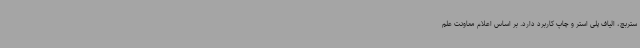
ستربچ، الیاف پلی استر و چاپ کاربرد دارد. بر اساس اعلام معاونت علم